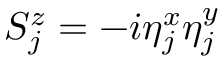
S _ { j } ^ { z } = - i \eta _ { j } ^ { x } \eta _ { j } ^ { y }